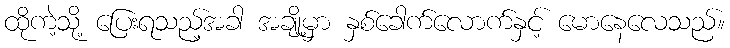
ထိုကဲ့သို့ ပြေးရသည့်အခါ အချို့မှာ နှစ်ခေါက်လောက်နှင့် မောနေလေသည်။